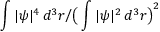
\int | \psi | ^ { 4 } \, d ^ { 3 } r \big / \big ( \int | \psi | ^ { 2 } \, d ^ { 3 } r \big ) ^ { 2 }